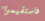
فاستقيموا